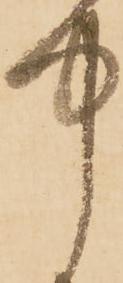
中